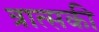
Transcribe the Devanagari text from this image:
त्रात्सकी